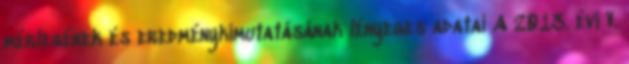
mérlegének és eredménykimutatásának lényeges adatai A 2013. évi V.